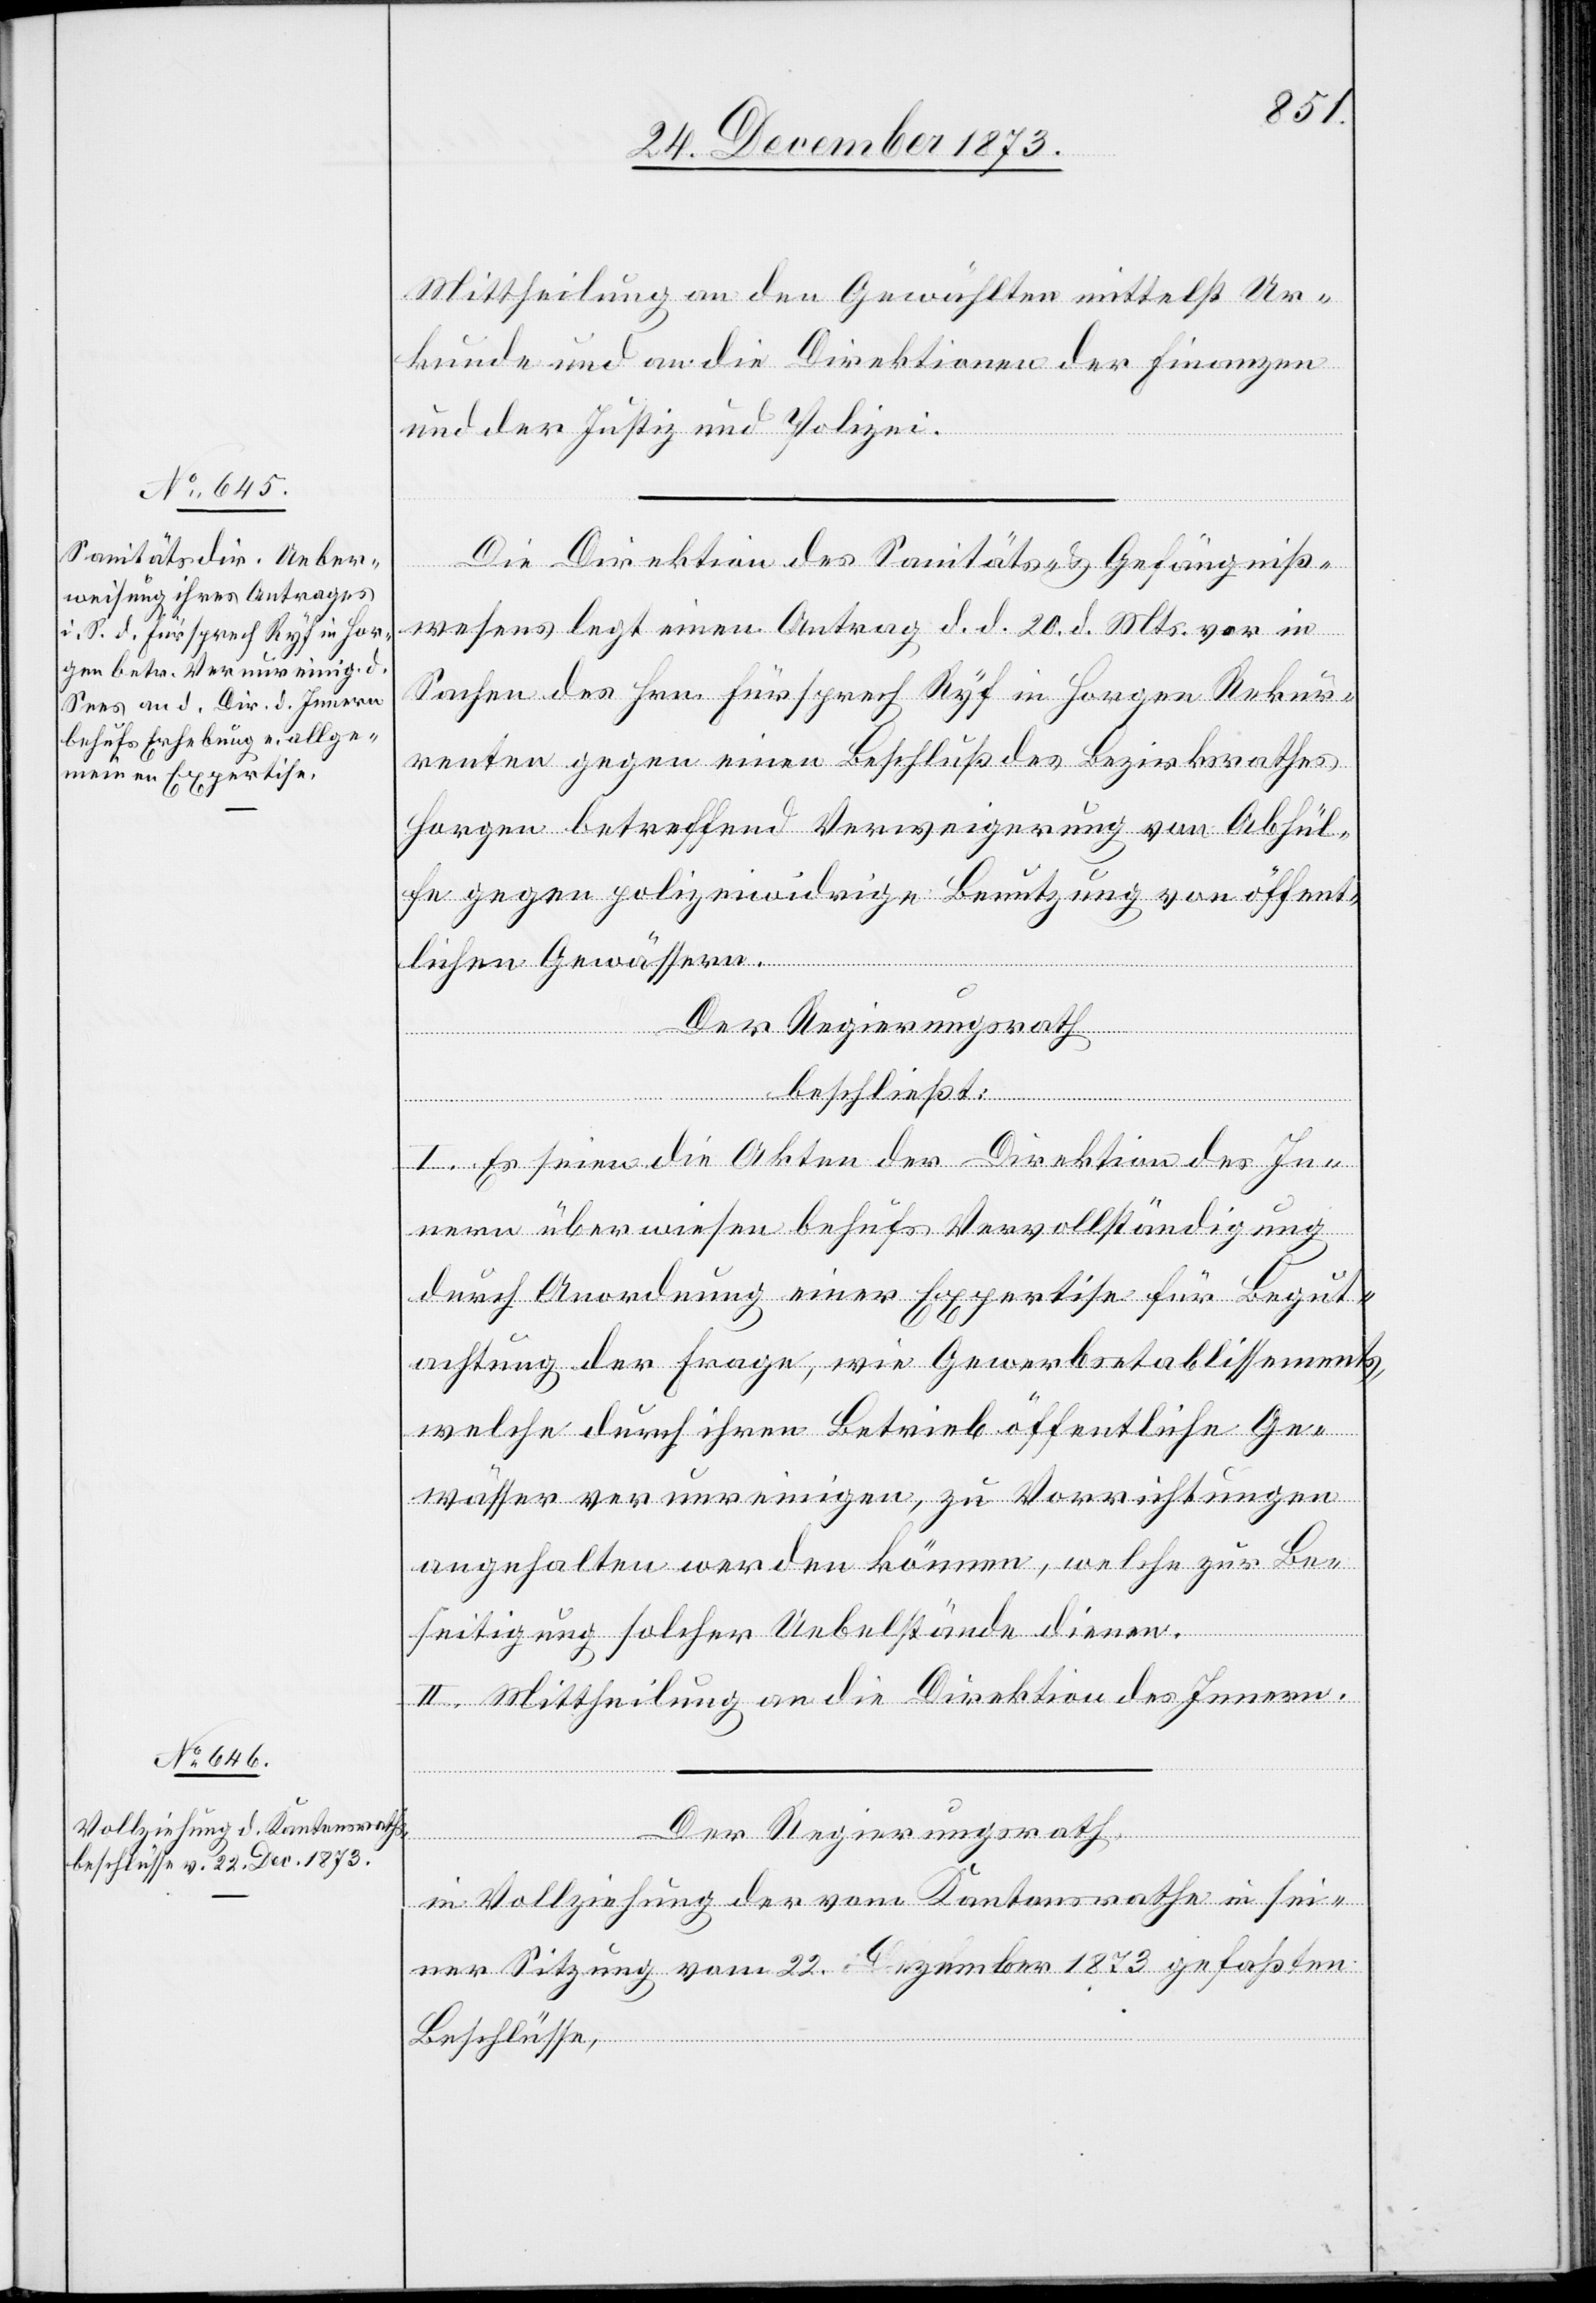
ließt:
Mittheilung an den Gewählten mittelst Ur¬
kunde und an die Direktionen der Finanzen
und der Justiz und Polizei.
Die Direktion des Sanitäts- & Gefängniß¬
wesens legt einen Antrag d. d. 20. d. Mts. vor in
Sachen des Hrn. Fürsprech Ryf in Horgen Rekur¬
renten gegen einen Beschluß des Bezirksrathes
Horgen betreffend Verweigerung von Abhül¬
fe gegen polizeiwidrige Benutzung von öffent¬
lichen Gewässern.
Der Regierungsrath
I. Es seien die Akten der Direktion des In¬
nern überwiesen behufs Vervollständigung
durch Anordnung einer Expertise für Begut¬
achtung der Frage, wie Gewerbsetablissements,
welche durch ihren Betrieb öffentliche Ge¬
wässer verunreinigen, zu Vorrichtungen
angehalten werden können, welche zur Be¬
seitigung solcher Uebelstände dienen.
II. Mittheilung an die Direktion des Innern.
Der Regierungsrath,
in Vollziehung der vom Kantonsrathe in sei¬
ner Sitzung vom 22. Dezember 1873 gefaßten
Beschlüsse,